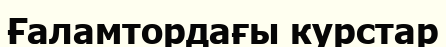
Ғаламтордағы курстар